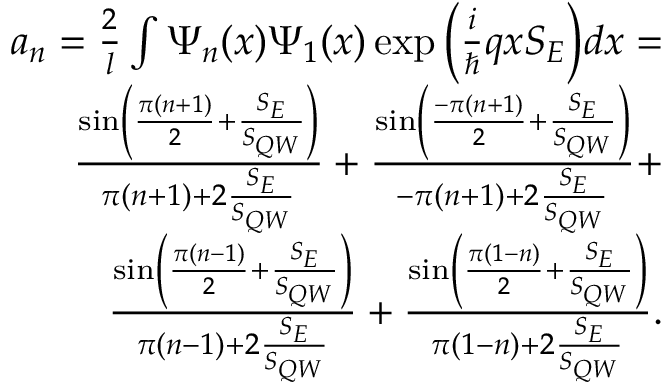
\begin{array} { r } { a _ { n } = \frac { 2 } { l } \int \Psi _ { n } ( x ) \Psi _ { 1 } ( x ) \exp { \Big ( \frac { i } { \hbar } q x S _ { E } \Big ) } d x = } \\ { \frac { \sin \left( \frac { \pi ( n + 1 ) } { 2 } + \frac { S _ { E } } { S _ { { Q W } } } \right) } { \pi ( n + 1 ) + 2 \frac { S _ { E } } { S _ { { Q W } } } } + \frac { \sin \left( \frac { - \pi ( n + 1 ) } { 2 } + \frac { S _ { E } } { S _ { { Q W } } } \right) } { - \pi ( n + 1 ) + 2 \frac { S _ { E } } { S _ { { Q W } } } } + } \\ { \frac { \sin \left( \frac { \pi ( n - 1 ) } { 2 } + \frac { S _ { E } } { S _ { { Q W } } } \right) } { \pi ( n - 1 ) + 2 \frac { S _ { E } } { S _ { { Q W } } } } + \frac { \sin \left( \frac { \pi ( 1 - n ) } { 2 } + \frac { S _ { E } } { S _ { { Q W } } } \right) } { \pi ( 1 - n ) + 2 \frac { S _ { E } } { S _ { { Q W } } } } . } \end{array}